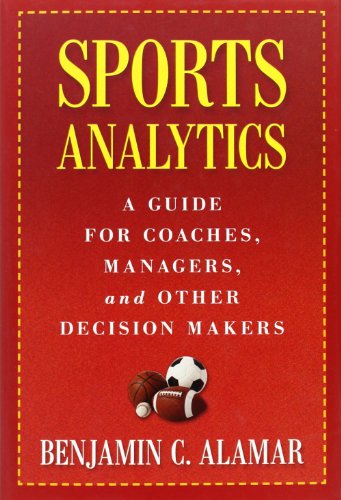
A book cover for Sports Analytics: A Guide for Coaches, Managers, and Other Decision Makers; Benjamin C. Alamar; Business & Money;